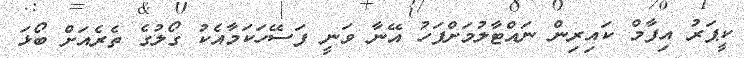
ކީޕަރު އިފާމް ކައިރިން ނައްޓާލުމަށްފަހު އޭނާ ވަނީ ފަސޭހަކަމާއެކު ގޯލުގެ ތެރެއަށް ބޯޅަ